Madras plague regulations in force outside the Presidency town - Volume 6
Disease focus: Plague
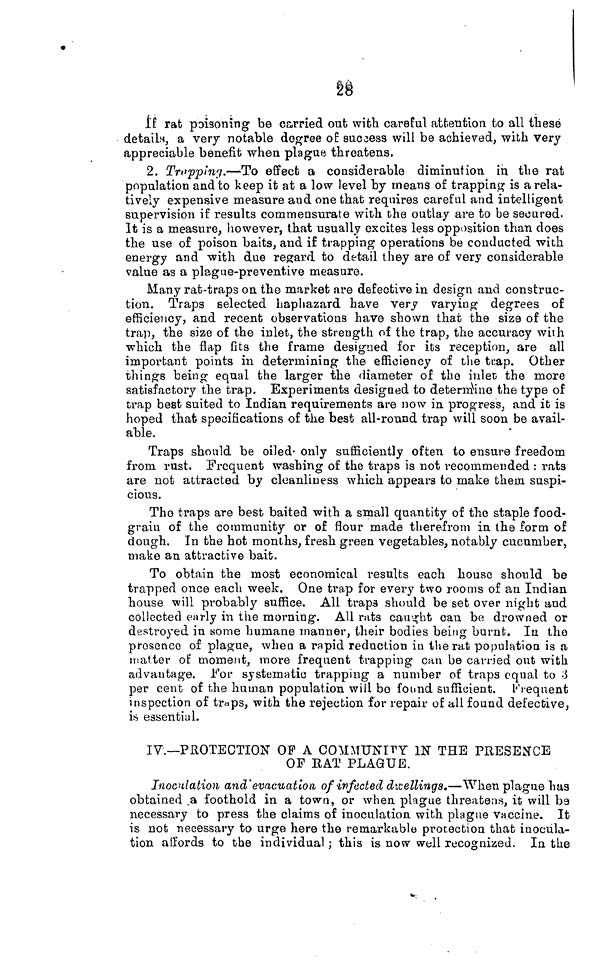
28
If rat poisoning be carried out with careful attention to all these
details, a very notable degree of success will be achieved, with very
appreciable benefit when plague threatens,
2. Tropping.—To effect a considerable diminution in the rat
population and to keep it at a low level by means of trapping is a rela-
tively expensive measure and one that requires careful and intelligent
supervision if results commensurate with the outlay are to be secured.
It is a measure, however, that usually excites less opposition than does
the use of poison baits, and if trapping operations be conducted with
energy and with due regard to detail they are of very considerable
value as a plague-preventive measure.
Many rat-traps on the market are defective in design and construc-
tion. Traps selected haphazard have very varying degrees of
efficiency, and recent observations have shown that the size of the
trap, the size of the inlet, the strength of the trap, the accuracy with
which the flap fits the frame designed for its reception, are all
important points in determining the efficiency of the trap. Other
things being equal the larger the diameter of the inlet the more
satisfactory the trap. Experiments designed to determine the type of
trap best suited to Indian requirements are now in progress, and it is
hoped that specifications of the best all-round trap will soon be avail-
able.
Traps should be oiled only sufficiently often to ensure freedom
from rust. Frequent washing of the traps is not recommended : rats
are not attracted by cleanliness which appears to make them suspi-
cious.
Tho traps are best baited with a small quantity of the staple food-
grain of the community or of flour made therefrom in the form of
dough. In the hot months, fresh green vegetables, notably cucumber,
make an attractive bait.
To obtain the most economical results each house should be
trapped once each week. One trap for every two rooms of an Indian
house will probably suffice. All traps should be set over night and
collected early in the morning. All rats caught can be drowned or
destroyed in some humane manner, their bodies being burnt. In the
presence of plague, when a rapid reduction in the rat population is a
matter of moment, more frequent trapping can be carried out with
advantage. For systematic trapping a number of traps equal to 3
per cent of the human population will bo found sufficient. Frequent
inspection of traps, with the rejection for repair of all found defective,
is essential.
IV.—PROTECTION OF A COMMUNITY IN THE PRESENCE
OF RAT PLAGUE.
Inoculation and evacuation of infected dwellings.—When plague has
obtained.a foothold in a town, or when plague threatens, it will be
necessary to press the claims of inoculation with plague vaccine. It
is nob necessary to urge here the remarkable protection that inocula-
tion aiïords to the individual ; this is now well recognized. In the